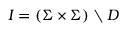
I = ( \Sigma \times \Sigma ) \setminus D